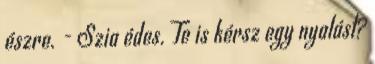
észre. - Szia édes. Te is kérsz egy nyalást?